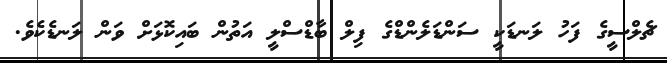
ޗެލްސީގެ ފަހު ލަނޑަކީ ސަންޑަލެންޑްގެެ ފިލް ބާޑްސްލީ އަތުން ބައިކޮޅަށް ވަން ލަނޑެކެވެ.